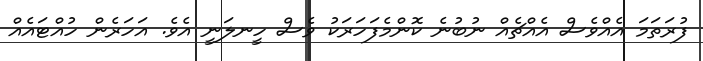
ފުރަތަމަ އެއްވެސް އެއްޗެއް ނުބުނެ ކޮންމެފަހަރަކު ވެސް ހީނލަނީ އެވެ. އަހަރެން ހުއްޓައެއް